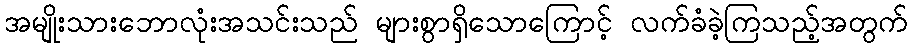
အမျိုးသားဘောလုံးအသင်းသည် များစွာရှိသောကြောင့် လက်ခံခဲ့ကြသည့်အတွက်